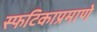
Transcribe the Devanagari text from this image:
स्फटिकाप्रमाणे